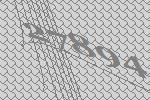
27894